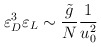
\begin{align*}\varepsilon_D^3 \varepsilon_L \sim \frac{\tilde{g}}{N} \frac{1}{u_0^2}\end{align*}